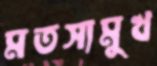
মতস্যমুখ